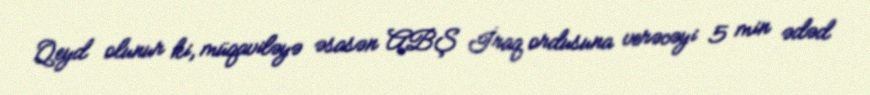
Qeyd olunur ki, müqaviləyə əsasən ABŞ İraq ordusuna verəcəyi 5 min ədəd